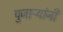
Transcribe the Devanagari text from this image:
पुजाऱ्यांनी